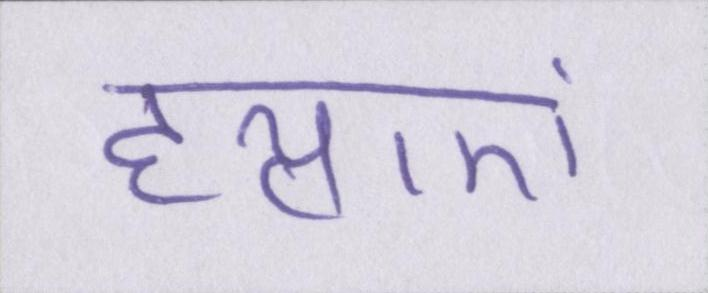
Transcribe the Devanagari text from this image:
हत्याएं